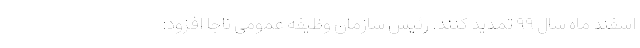
اسفند ماه سال ۹۹ تمدید کنند. رئیس سازمان وظیفه عمومی ناجا افزود: